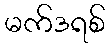
မက်ဒရစ်